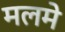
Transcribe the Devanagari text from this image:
मलमे